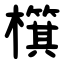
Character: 檱